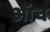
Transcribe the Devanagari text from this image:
ऑच